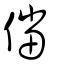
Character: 儅